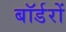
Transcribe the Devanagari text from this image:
बॉर्डरों